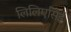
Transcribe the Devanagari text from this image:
लिलिएसिई